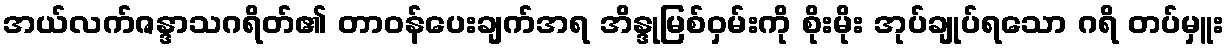
အယ်လက်ဇန္ဒာသဂရိတ်၏ တာဝန်ပေးချက်အရ အိန္ဒုမြစ်ဝှမ်းကို စိုးမိုး အုပ်ချုပ်ရသော ဂရိ တပ်မှူး